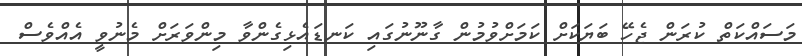
މަސައްކަތް ކުރަން ޖެހޭ ބަޔަކަށް ކަމަށްވުމުން ގާނޫނުގައި ކަނޑައެޅިގެންވާ މިންވަރަށް މެނުވީ އެއްވެސް